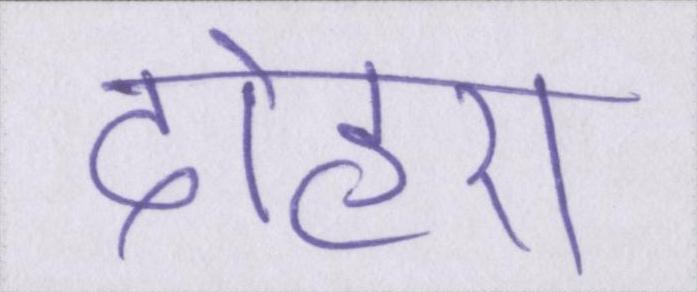
दोहरा